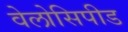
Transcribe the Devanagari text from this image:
वेलोसिपीड